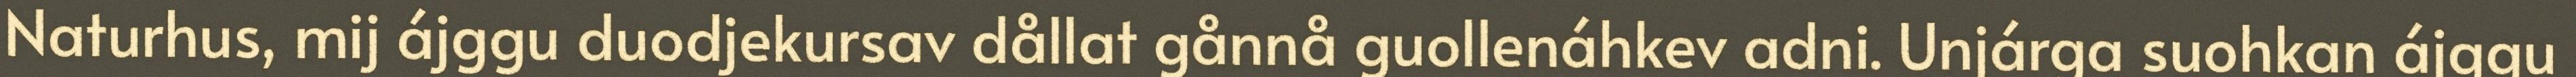
Naturhus, mij ájggu duodjekursav dållat gånnå guollenáhkev adni. Unjárga suohkan ájggu